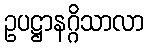
ဥပဋ္ဌာနဂ္ဂိသာလာ